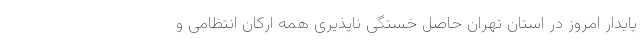
پایدار امروز در استان تهران حاصل خستگی ناپذیری همه ارکان انتظامی و